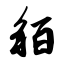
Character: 貊